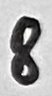
Text: 8